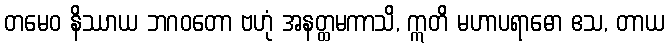
တမေဝ နိဿာယ ဘဂဝတော ဗဟုံ အနတ္ထမကာသိ, ဣတိ မဟာပရာဓော ဧသ, တာယ